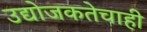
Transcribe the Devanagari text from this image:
उद्योजकतेचाही